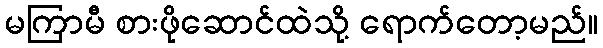
မကြာမီ စားဖိုဆောင်ထဲသို့ ရောက်တော့မည်။